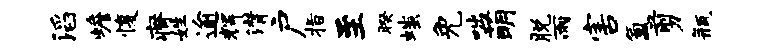
滔蟾愎瘠姓逾辉潸户指至暌嗤免咄萌脱雨害氲剪瓶